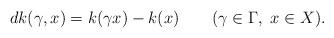
LaTeX: \begin{align*} d k(\gamma, x)=k(\gamma x)-k(x)\qquad(\gamma\in \Gamma,\ x\in X).\end{align*}